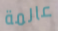
عالمة